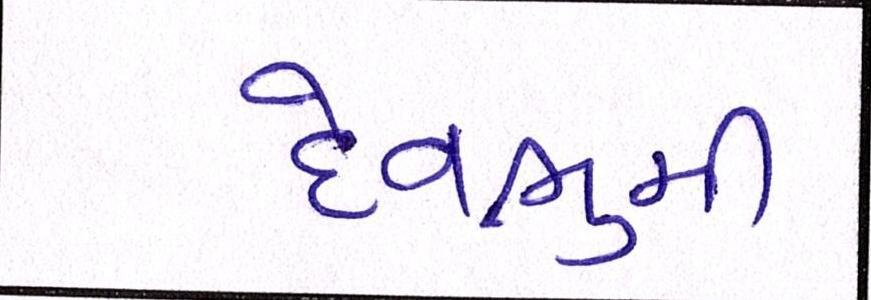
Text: દેવભુમી